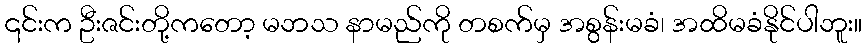
၎င်းက ဦးဇင်းတို့ကတော့ မဘသ နာမည်ကို တစက်မှ အစွန်းမခံ၊ အထိမခံနိုင်ပါဘူး။